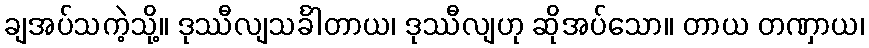
ချအပ်သကဲ့သို့။ ဒုဿီလျသင်္ခါတာယ၊ ဒုဿီလျဟု ဆိုအပ်သော။ တာယ တဏှာယ၊